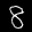
Label: 8